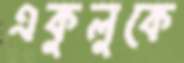
একুলুকে